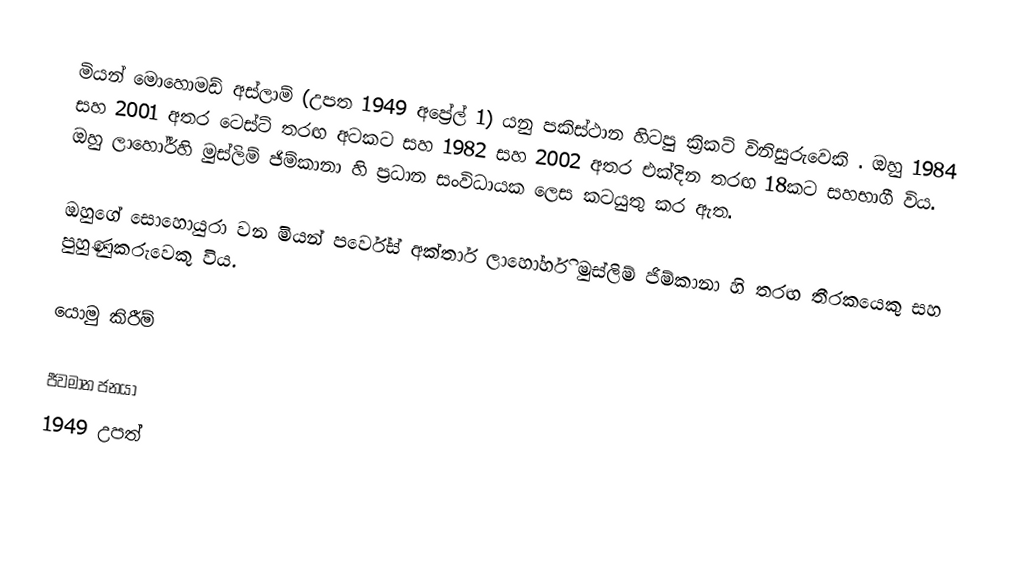
මියන් මොහොමඩ් අස්ලාම් (උපත 1949 අප්‍රේල් 1) යනු පකිස්ථාන හිටපු ක්‍රිකට් විනිසුරුවෙකි . ඔහු 1984 සහ 2001 අතර ටෙස්ට් තරඟ අටකට සහ 1982 සහ 2002 අතර එක්දින තරඟ 18කට සහභාගී විය. ඔහු ලාහෝර්හි මුස්ලිම් ජිම්කානා හි ප්‍රධාන සංවිධායක ලෙස කටයුතු කර ඇත.

ඔහුගේ සොහොයුරා වන මියන් පර්වේස් අක්තාර් ලාහෝර්හි මුස්ලිම් ජිම්කානා හි තරඟ තීරකයෙකු සහ පුහුණුකරුවෙකු විය.

යොමු කිරීම්

ජීවමාන ජනයා
1949 උපත්